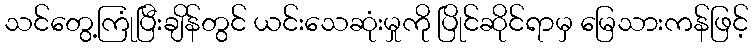
သင်တွေ့ကြုံပြီးချိန်တွင် ယင်းသေဆုံးမှုကို ပြိုင်ဆိုင်ရာမှ မြေသားကန်ဖြင့်